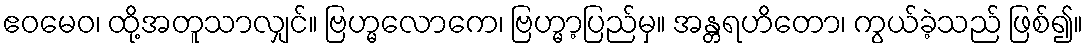
ဧဝမေဝ၊ ထို့အတူသာလျှင်။ ဗြဟ္မလောကေ၊ ဗြဟ္မာ့ပြည်မှ။ အန္တရဟိတော၊ ကွယ်ခဲ့သည် ဖြစ်၍။